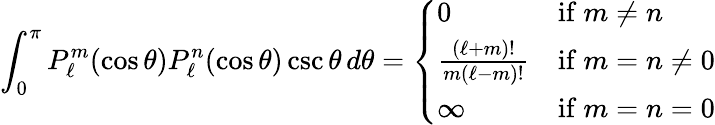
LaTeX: \int_{0}^{\pi}P_{\ell}^{m}(\cos\theta)P_{\ell}^{n}(\cos\theta)\csc\theta\, d\theta={\left\{ \begin{array}{ll}{0}&{{\mathrm{if~}}m\neq n}\\ {{\frac{(\ell+m)!}{m(\ell-m)!}}}&{{\mathrm{if~}}m=n\neq 0}\\ {\infty}&{{\mathrm{if~}}m=n=0}\end{array}\right.}